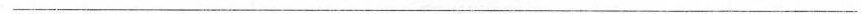
___